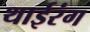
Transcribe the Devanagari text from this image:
थाईरंग